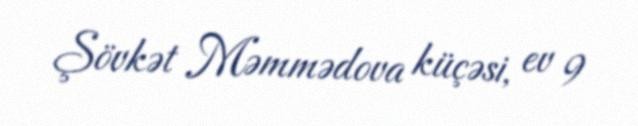
Şövkət Məmmədova küçəsi, ev 9